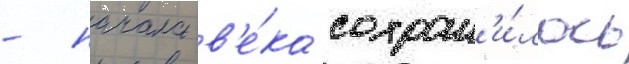
- начала в'е́ка сохран'и́лось